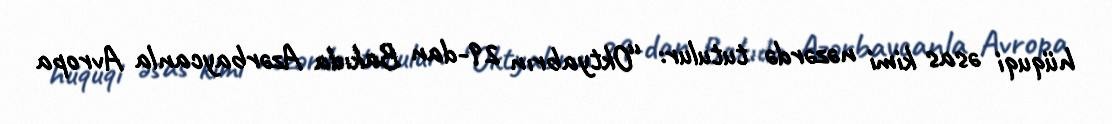
hüquqi əsas kimi nəzərdə tutulur: “Oktyabrın 29-dan Bakıda Azərbaycanla Avropa